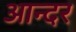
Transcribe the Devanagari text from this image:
आन्दर